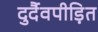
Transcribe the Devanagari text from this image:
दुर्दैवपीड़ित